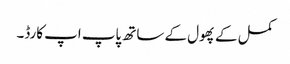
کمل کے پھول کے ساتھ پاپ اپ کارڈ۔